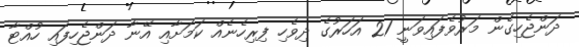
ދަންޖެހިގެން މަރުވެފައިވަނީ 21 އަހަރުގެ ދިވެހި ފިރިހެނެއް ކަަމަށާއި އޭނާ ދަންޖެހިފައި ހުއްޓާ